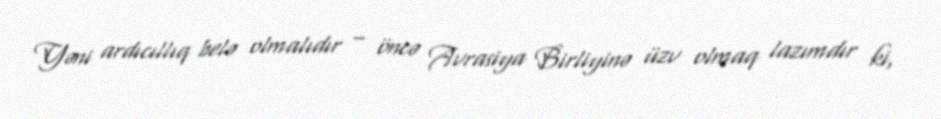
Yəni ardıcıllıq belə olmalıdır – öncə Avrasiya Birliyinə üzv olmaq lazımdır ki,